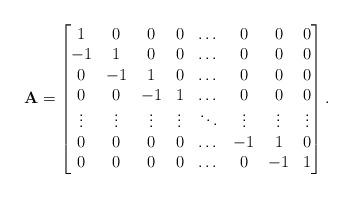
LaTeX: \begin{align*}\mathbf{A}=\begin{bmatrix}1 & 0 & 0 & 0 & \dots & 0 & 0 & 0 \\-1 & 1 & 0 & 0 & \dots & 0 & 0 & 0 \\0 & -1 & 1 & 0 & \dots & 0 & 0 & 0 \\0 & 0 & -1 & 1 & \dots & 0 & 0 & 0 \\\vdots & \vdots & \vdots & \vdots & \ddots & \vdots & \vdots & \vdots \\0 & 0 & 0 & 0 & \dots & -1 & 1 & 0 \\0 & 0 & 0 & 0 & \dots & 0 & -1 & 1 \\\end{bmatrix}.\end{align*}